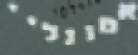
אטונליי